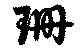
珊